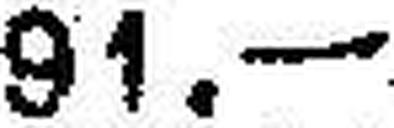
91.—